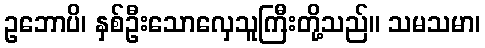
ဥဘောပိ၊ နှစ်ဦးသောလှေသူကြီးတို့သည်။ သမသမာ၊